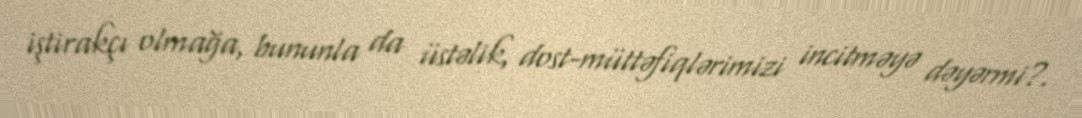
iştirakçı olmağa, bununla da üstəlik, dost-müttəfiqlərimizi incitməyə dəyərmi?.